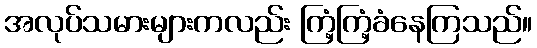
အလုပ်သမားများကလည်း ကြံ့ကြံ့ခံနေကြသည်။